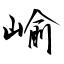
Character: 崳